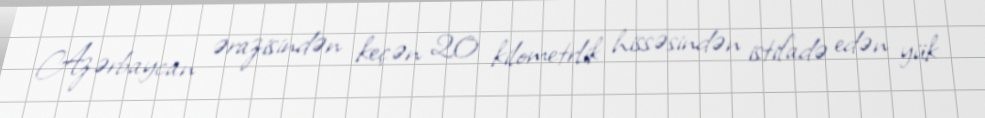
Azərbaycan ərazisindən keçən 20 kilometrlik hissəsindən istifadə edən yük